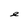
Character: e